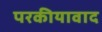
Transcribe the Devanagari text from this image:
परकीयावाद